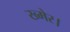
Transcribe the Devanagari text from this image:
ख्मेर।